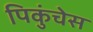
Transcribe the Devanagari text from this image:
पिकुंचेस